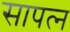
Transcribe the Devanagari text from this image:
सापत्‍न